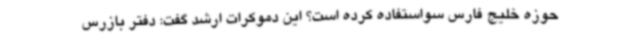
حوزه خلیج فارس سواستفاده کرده است؟ این دموکرات ارشد گفت: دفتر بازرس